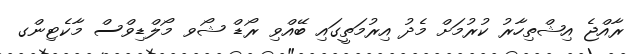
ރާއްޖެ އިޝްތިހާރު ކުރުމަށް މެދު އިރުމަތީގައި ބޭއްވި ރޯޑް ޝޯވ މޯލްޑިވްސް މާކެޓިންގ